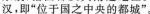
汉，即“位于国之中央的都成”。